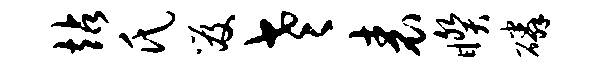
站氏笈老表睽磷